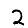
Digit: 2